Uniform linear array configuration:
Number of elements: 16
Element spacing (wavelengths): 0.25
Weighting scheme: hamming
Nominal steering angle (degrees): -45
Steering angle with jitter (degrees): -45.082
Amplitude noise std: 0.05
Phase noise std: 0.05

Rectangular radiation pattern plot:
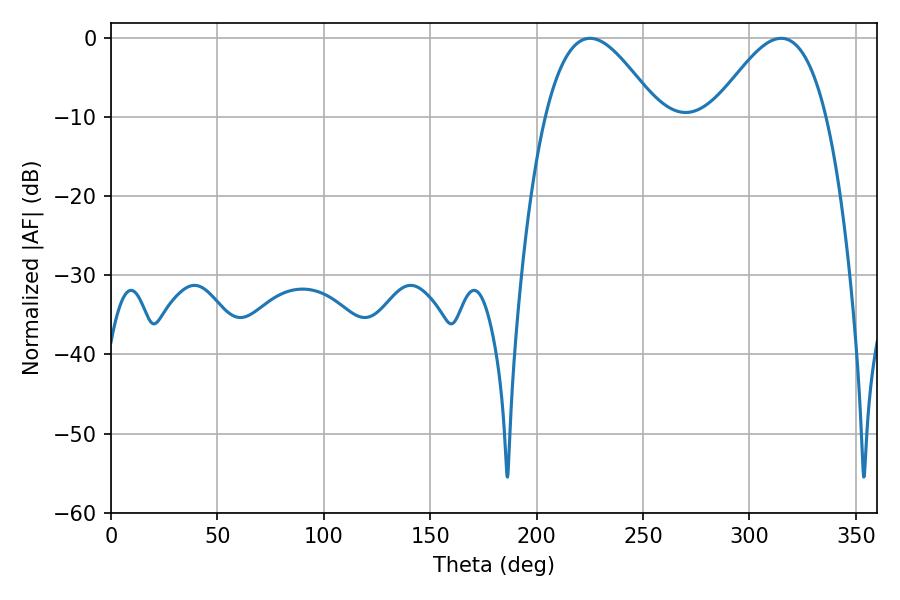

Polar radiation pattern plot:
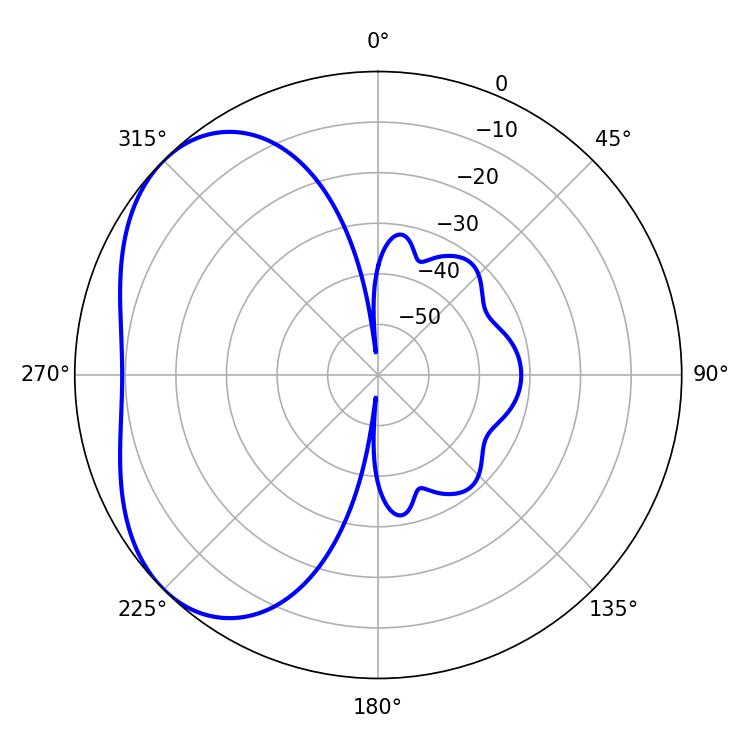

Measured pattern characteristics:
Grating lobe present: FALSE
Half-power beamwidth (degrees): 28.44
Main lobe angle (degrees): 225.18